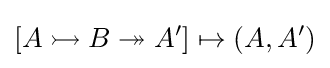
[A\rightarrowtail B\twoheadrightarrow A']\mapsto (A,A')